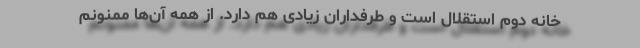
خانه دوم استقلال است و طرفداران زیادی هم دارد. از همه آن‌ها ممنونم